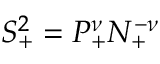
S _ { + } ^ { 2 } = P _ { + } ^ { \nu } N _ { + } ^ { - \nu }